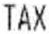
TAX